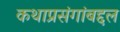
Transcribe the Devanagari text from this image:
कथाप्रसंगांबद्दल